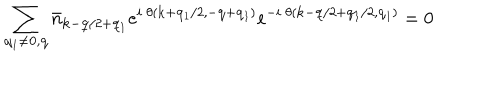
\sum _ { { \bf { q } } _ { 1 } \neq { \bf { 0 } } , { \bf { q } } } { \bar { n } } _ { { \bf { k } } - { \bf { q } } / 2 + { \bf { q } } _ { 1 } } e ^ { i \mathrm { ~ } \theta ( { \bf { k } } + { \bf { q } } _ { 1 } / 2 , - { \bf { q } } + { \bf { q } } _ { 1 } ) } e ^ { - i \mathrm { ~ } \theta ( { \bf { k } } - { \bf { q } } / 2 + { \bf { q } } _ { 1 } / 2 , { \bf { q } } _ { 1 } ) } = 0